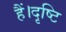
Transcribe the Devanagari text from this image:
हैं।दृष्टि